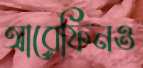
আরেফিনও